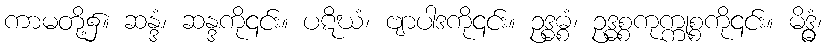
ကာမတို့၌။ ဆန္ဒံ၊ ဆန္ဒကို၎င်း။ ပဋိဃံ၊ ဗျာပါဒကို၎င်း။ ဥဒ္ဓဓ္စံ၊ ဥဒ္ဓစ္စကုက္ကုစ္စကို၎င်း။ မိဒ္ဓွံ၊